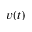
v ( t )